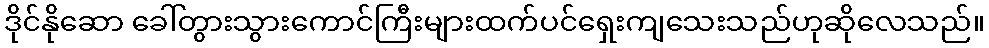
ဒိုင်နိုဆော ခေါ်တွားသွားကောင်ကြီးများထက်ပင်ရှေးကျသေးသည်ဟုဆိုလေသည်။